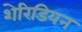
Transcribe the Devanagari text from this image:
शेरिडियन